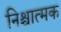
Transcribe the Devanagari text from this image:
निश्चात्मक